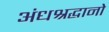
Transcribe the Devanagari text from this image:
अंधश्रद्धानो